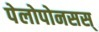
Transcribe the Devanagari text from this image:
पेलोपोनसस्‌